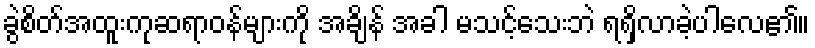
ခွဲစိတ်အထူးကုဆရာဝန်များကို အချိန် အခါ မသင့်သေးဘဲ ရရှိလာခဲ့ပါလေ၏။